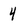
Character: 4